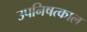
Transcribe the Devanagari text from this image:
उपनिषत्काल